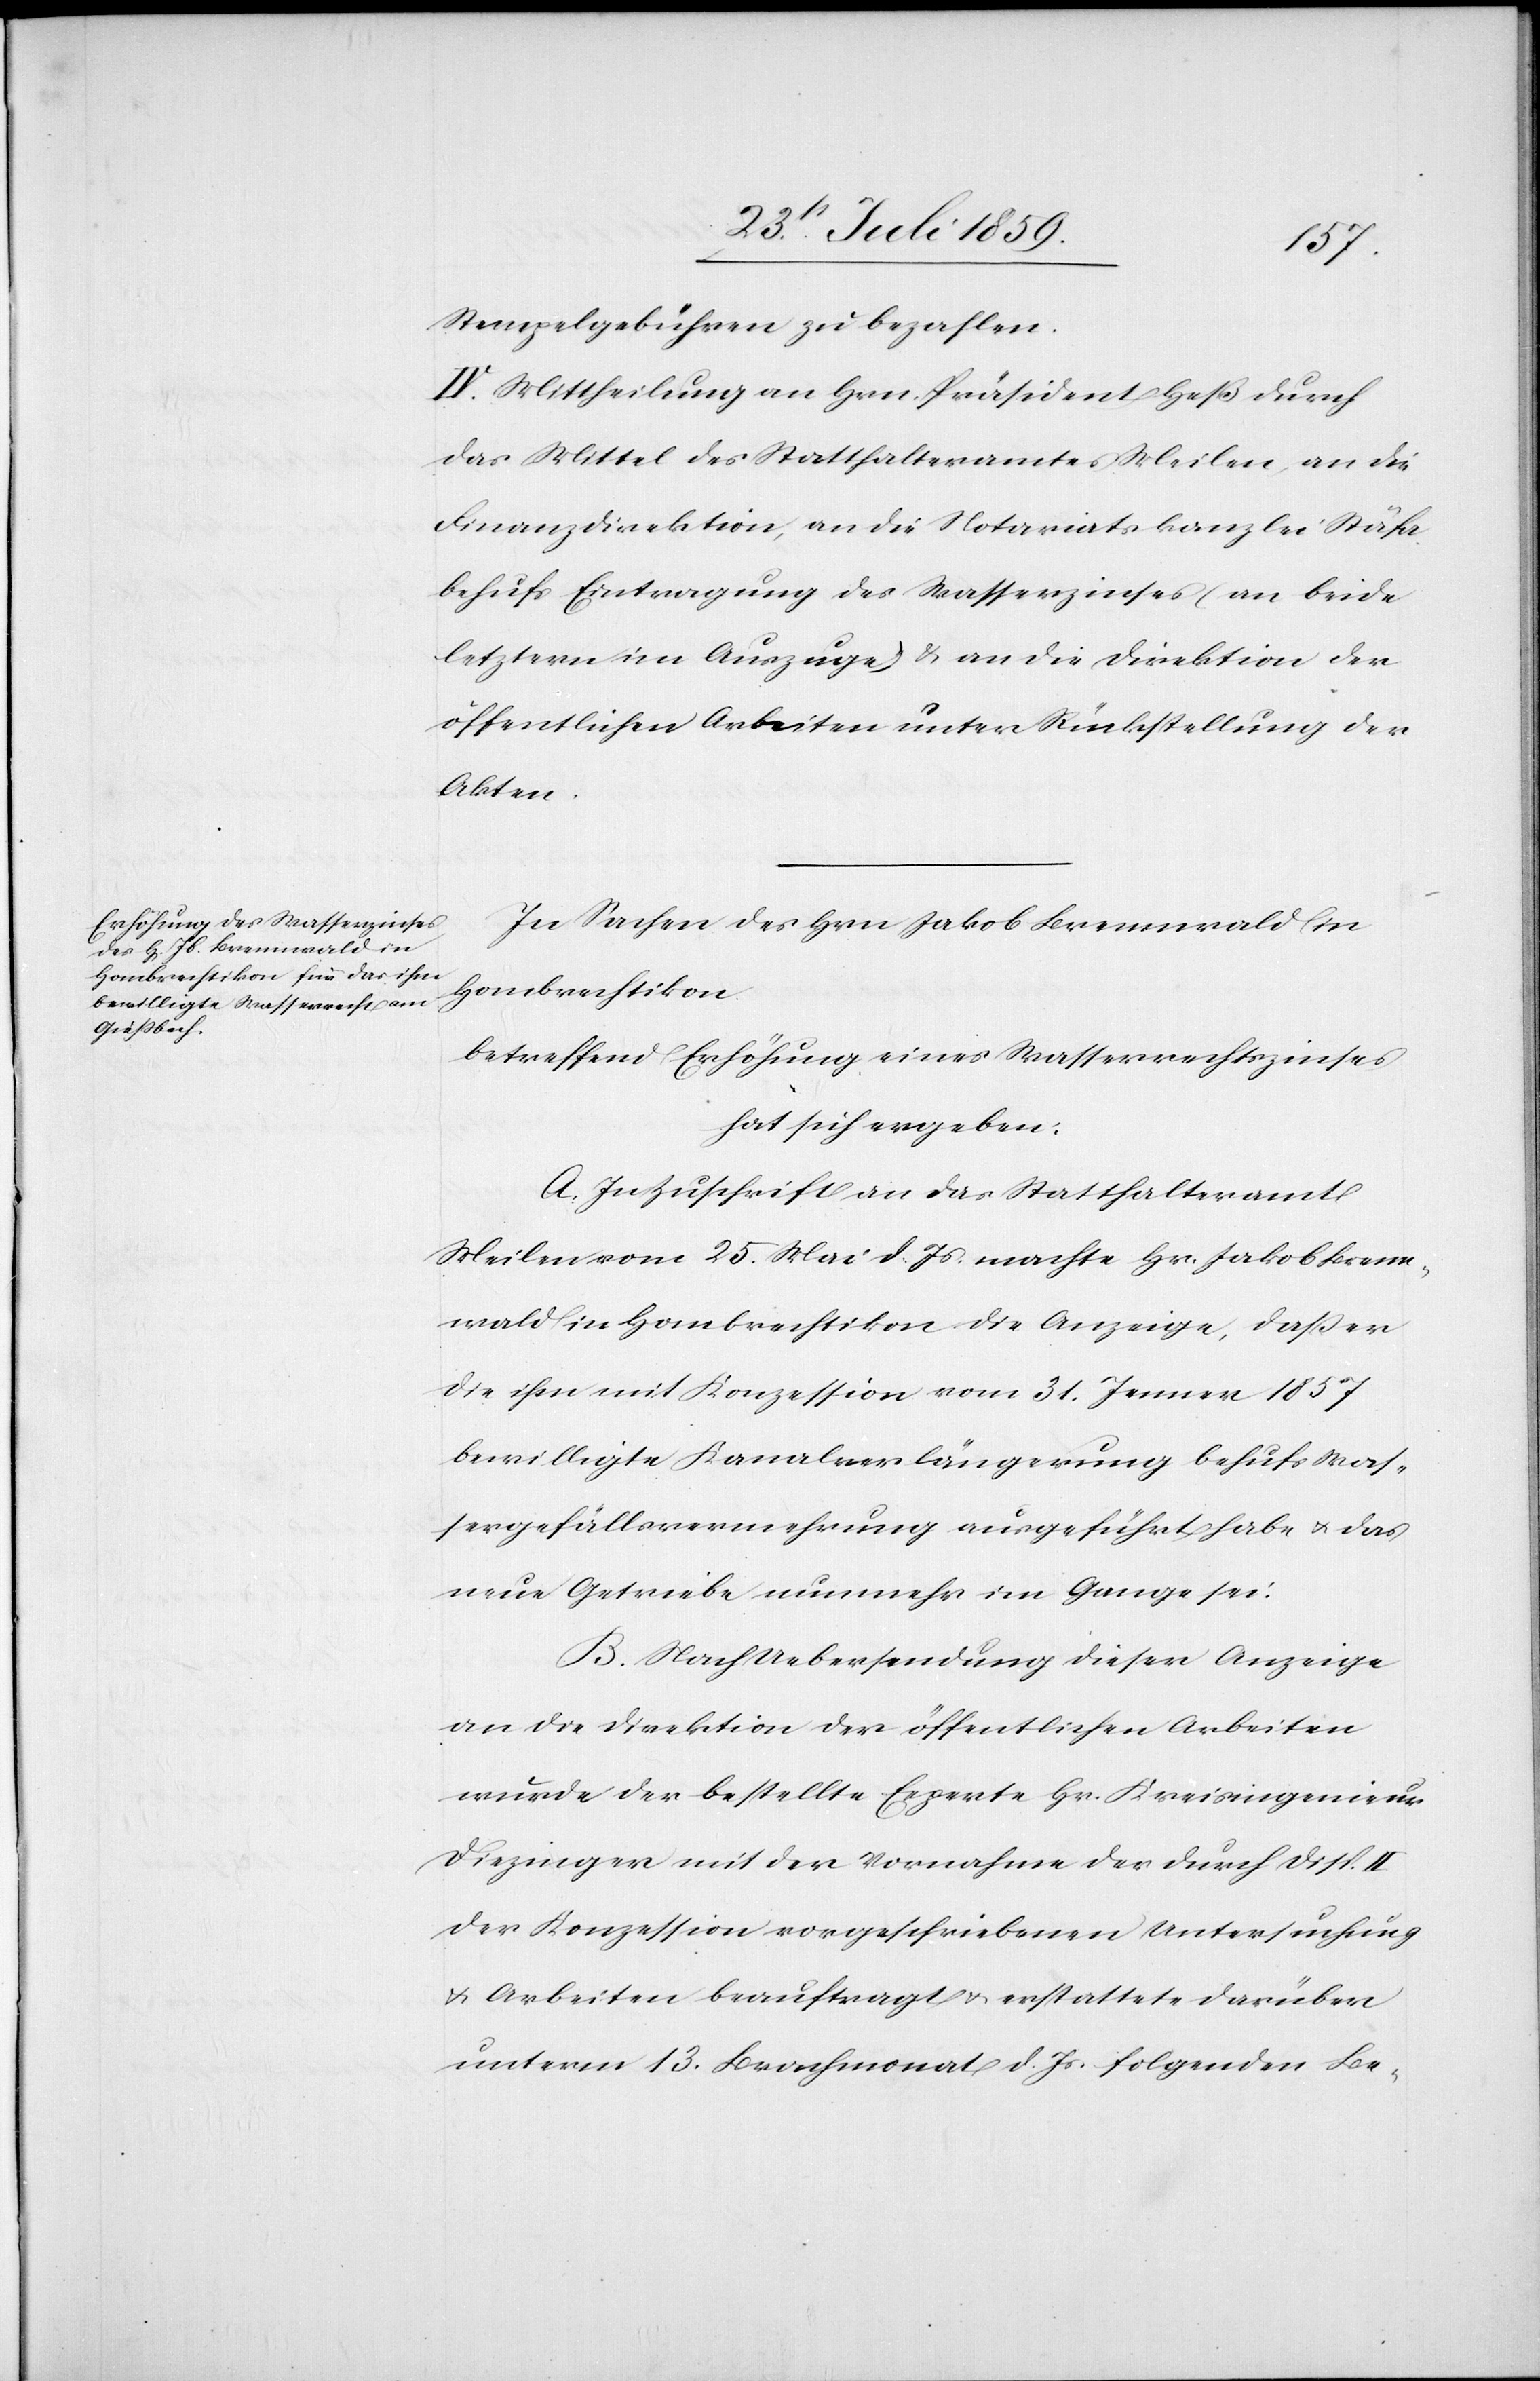
Stempelgebühren zu bezahlen.
IV. Mittheilung an Hrn. Präsident Heß durch
das Mittel des Statthalteramtes Meilen, an die
Finanzdirektion, an die Notariatskanzlei Stäfa
behufs Eintragung des Waserzinses (an beide
letztern im Auszuge) u. an die Direktion der
öffentlichen Arbeiten unter Rückstellung der
Akten.
In Sachen des Hrn Jakob Brennwald in
Hombrechtikon
betreffend Erhöhung eines Wasserrechtszinses
hat sich ergeben:
A. In Zuschrift an das Statthalteramt
Meilen vom 25. Mai d. Js. machte Hr. Jakob Brenn¬
wald in Hombrechtikon die Anzeige, daß er
die ihm mit Konzession vom 31. Jenner 1857
bewilligte Kanalverlängerung behufs Was¬
sergefällvermehrung ausgeführt habe u. das
neue Getriebe nunmehr im Gange sei.
B. Nach Uebersendung dieser Anzeige
an die Direktion der öffentlichen Arbeiten
wurde der bestellte Experte Hr. Kreisingenieur
Diezinger mit der Vornahme der durch Disp. II
der Konzession vorgeschriebenen Untersuchung
u. Arbeiten beauftragt u. erstattete darüber
unterm 13. Brachmonat d. Js. folgenden Be-